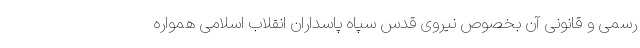
رسمی و قانونی آن بخصوص نیروی قدس سپاه پاسداران انقلاب اسلامی همواره